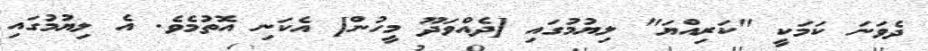
ދެވަނަ ކަމަކީ "ކަރިއްޔަ" ލިޔުމުގައި [ދެއްވަދޫ މީހުން] އެކަނި އޮތުމެވެ. އެ ލިޔުމުގައި